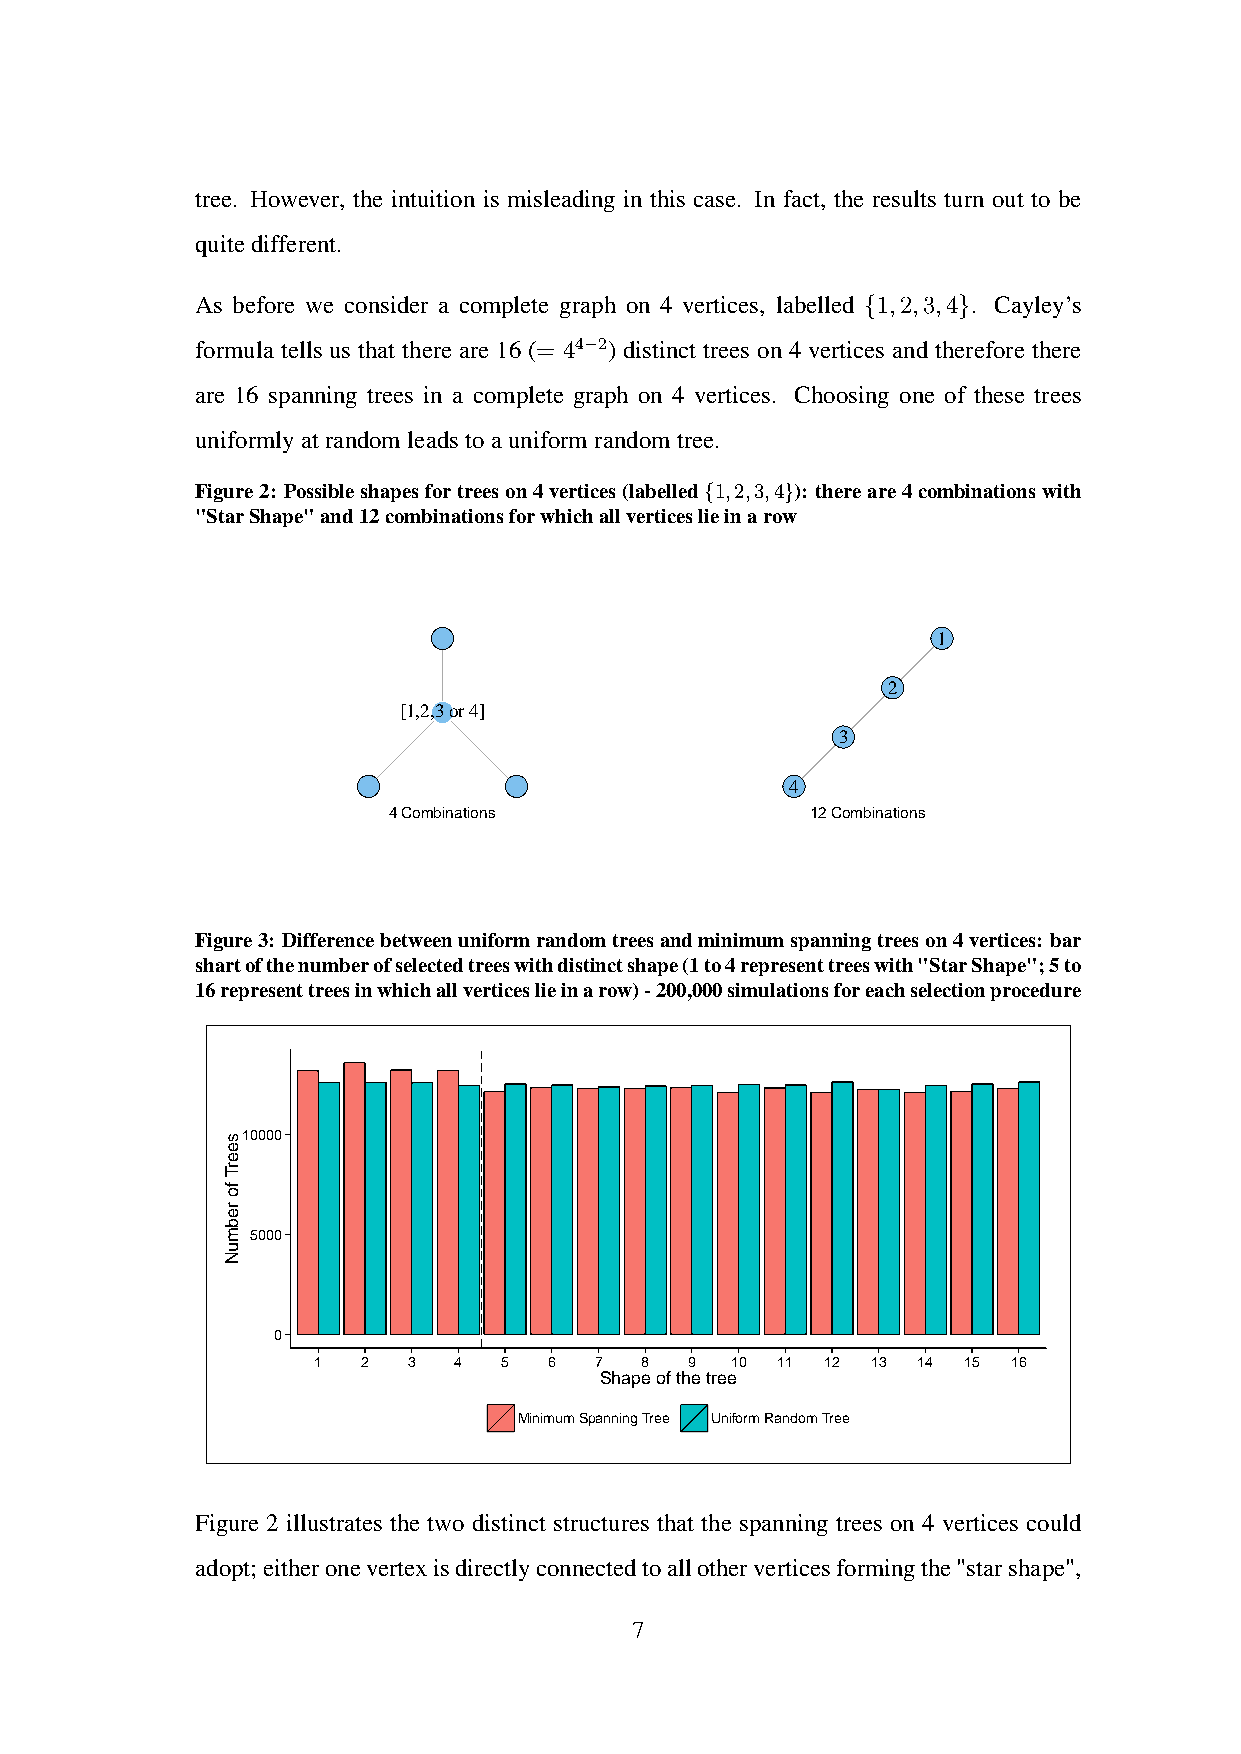
tree. However, the intuition is misleading in this case. In fact, the results turn out to be
 quitedifferent.
 As before we consider a complete graph on 4 vertices, labelled {1,2,3,4}. Cayley’s
 formula tells us that there are 16 (= 44−2) distinct trees on 4 vertices and therefore there
 are 16 spanning trees in a complete graph on 4 vertices. Choosing one of these trees
 uniformlyatrandomleadstoauniformrandomtree.
 Figure2: Possibleshapesfortreeson4vertices(labelled{1,2,3,4}): thereare4combinationswith
 "StarShape"and12combinationsforwhichallverticeslieinarow
 1
 2
 [1,2,3 or 4]
 3
 4
 4 Combinations              12 Combinations
 Figure3: Differencebetweenuniformrandomtreesandminimumspanningtreeson4vertices: bar
 shartofthenumberofselectedtreeswithdistinctshape(1to4representtreeswith"StarShape";5to
 16representtreesinwhichallverticeslieinarow)-200,000simulationsforeachselectionprocedure
 10000
 5000
 0
 1  2  3  4  5  6  7  8   9 10 11  12 13 14 15 16
 Shape of the tree
 Minimum Spanning Tree Uniform Random Tree
 Figure 2 illustrates the two distinct structures that the spanning trees on 4 vertices could
 adopt;eitheronevertexisdirectlyconnectedtoallotherverticesformingthe"starshape",
 7
 seerT
 fo
 rebmuN